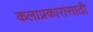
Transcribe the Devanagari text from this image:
कलाप्रकारांसाठी